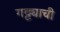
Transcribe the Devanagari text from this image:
गट्ट्याची